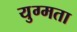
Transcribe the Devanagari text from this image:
युग्मता